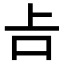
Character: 𠮳